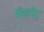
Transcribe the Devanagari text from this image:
सॅलनेट